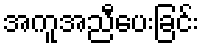
အကူအညီပေးခြင်း